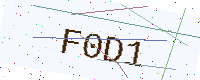
Text: F0D1